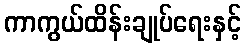
ကာကွယ်ထိန်းချုပ်ရေးနှင့်